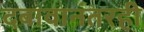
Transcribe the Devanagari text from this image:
दबावानंतरही